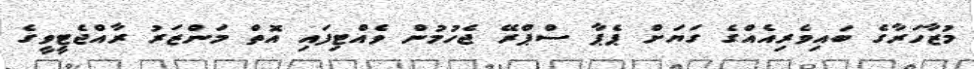
މުޒާހަރާގެ ބައިވެރިއެއްގެ ގަޔަށް ޕެޕާ ސްޕްރޭ ޖެހުމުން ވެއްޓިފައި އޮތް މަންޒަރު ރާއްޖެޓީވީގެ